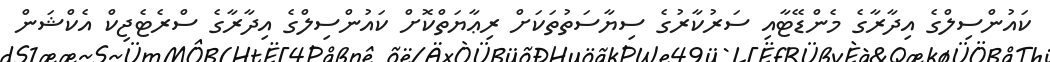
ކައުންސިލްގެ އިދާރާގެ މެންޑޭޓާއި ސަރުކާރުގެ ސިޔާސަތުތަކަށް ރިޢާޔަތްކޮށް ކައުންސިލްގެ އިދާރާގެ ސްރެޓެޖިކް އެކްޝަން